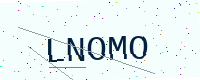
Text: LNOMO